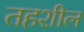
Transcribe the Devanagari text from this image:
तहशील